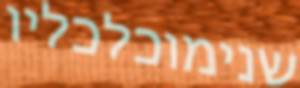
שנימוכלכליו